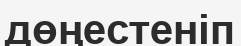
дөңестеніп